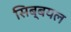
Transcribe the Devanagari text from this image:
सिब्बयल